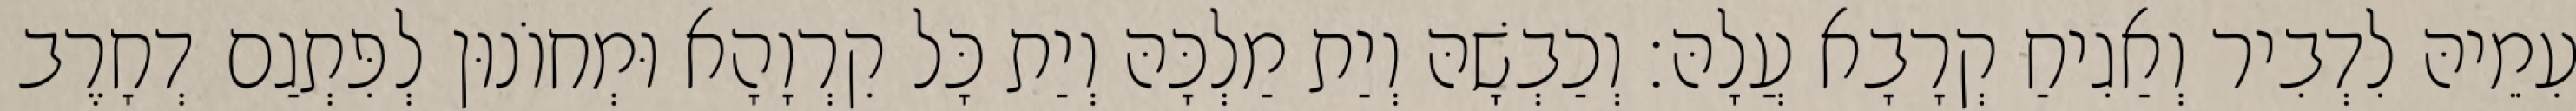
עִמֵיהּ לִדְבִיר וְאַגִיחַ קְרָבָא עֲלָהּ׃ וְכַבְשָׁהּ וְיַת מַלְכָּהּ וְיַת כָּל קִרְוָהָא וּמְחוֹנוּן לְפִּתְגַם דְחָרֶב